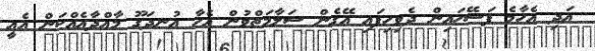
އަދި އެހާމެ ފަސޭހައިން ދެވިހިފައި އޭގެން ސަލާމަތްވުން އެހާ އުނދަގޫ މާއްދާއެއްކަން އެއީ